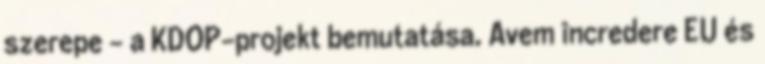
szerepe - a KDOP-projekt bemutatása. Avem încredere EU és